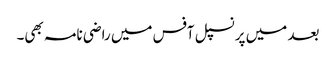
بعد میں پرنسپل آفس میں راضی نامہ بھی۔